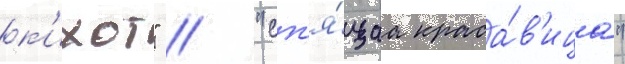
к'ихот" / "сп'я́щаа краса́в'ица"